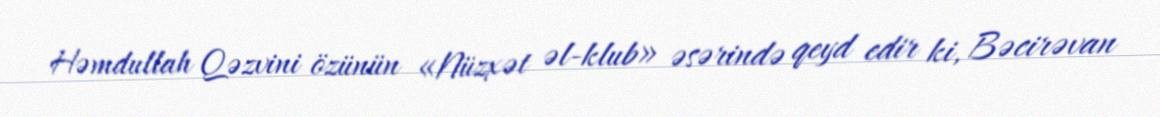
Həmdullah Qəzvini özünün «Nüzxət əl-klub» əsərində qeyd edir ki, Bəcirəvan